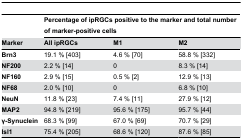
|  | <COLSPAN=3> Percentage of ipRGCs positive to the marker and total number of marker-positive cells |
 | Marker | All ipRGCs | M1 | M2 |
 | --- | --- | --- | --- |
 | Brn3 | 19.1 % [403] | 4.6 % [70] | 58.8 % [332] |
 | NF200 | 2.2 % [14] | 0 | 8.3 % [14] |
 | NF160 | 2.9 % [15] | 0.5 % [2] | 12.9 % [13] |
 | NF68 | 2.0 % [10] | 0 | 6.8 % [10] |
 | NeuN | 11.8 % [23] | 7.4 % [11] | 27.9 % [12] |
 | MAP2 | 94.8 % [219] | 95.6 % [175] | 95.7 % [44] |
 | γ-Synuclein | 68.3 % [99] | 67.0 % [69] | 70.7 % [29] |
 | Isl1 | 75.4 % [205] | 68.6 % [120] | 87.6 % [85] |